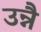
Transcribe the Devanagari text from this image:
उन्नै